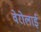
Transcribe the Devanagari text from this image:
वेरोलाई